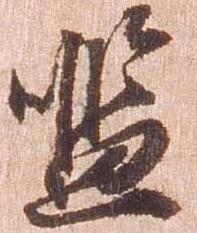
濫